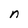
Character: n